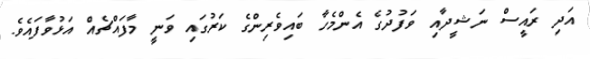
އަދި ރައީސް ނަޝީދާއި ވަފުދުގެ އެންމެހާ ބައިވެރިންގެ ކަރުގައި ވަނީ މާފައްޗެއް އަޅުވާފައެވެ.